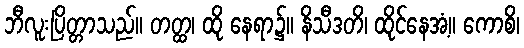
ဘီလူးပြိတ္တာသည်။ တတ္ထ၊ ထို နေရာ၌။ နိသီဒတိ၊ ထိုင်နေအံ့။ ကောစိ၊